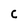
Character: C